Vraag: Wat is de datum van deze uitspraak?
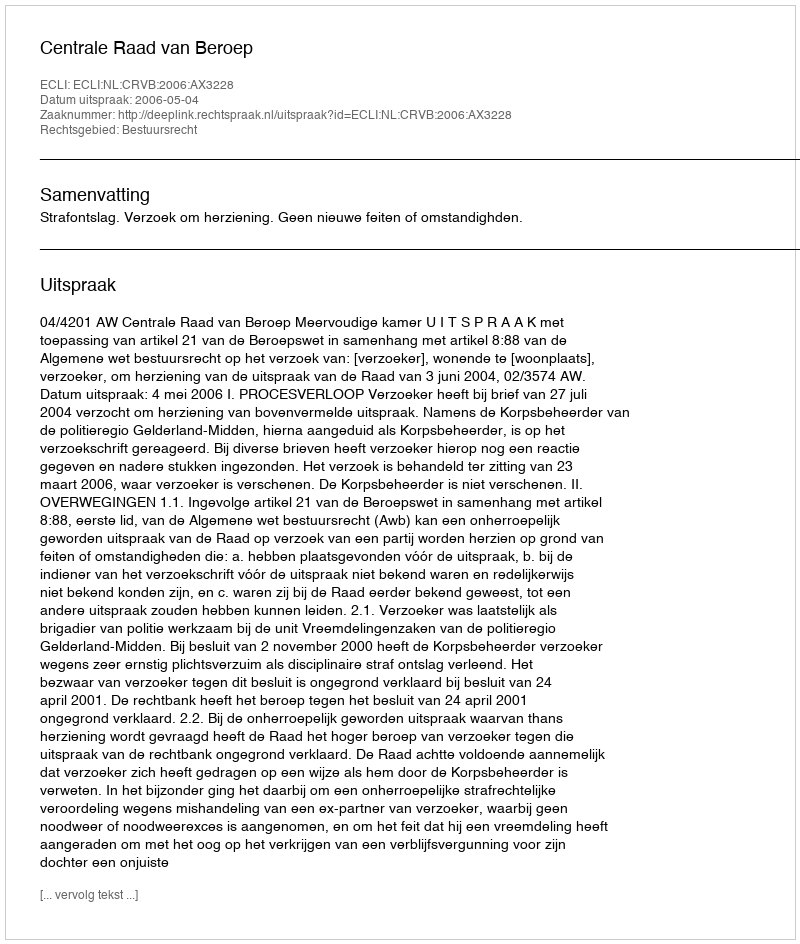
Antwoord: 2006-05-04